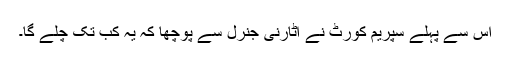
اس سے پہلے سپریم کورٹ نے اٹارنی جنرل سے پوچھا کہ یہ کب تک چلے گا۔